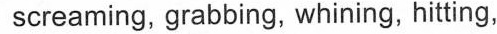
screaming, grabbing, whining, hitting,